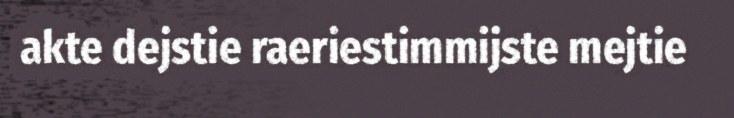
akte dejstie raeriestimmijste mejtie